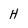
Character: H